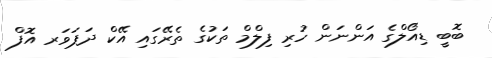
ބޮބީ ޑިއޯލްގެ އަންނަން ހުރި ފިލްމް ތަކުގެ ތެރޭގައި އޭކް ދަޕަވަރ އޮފް